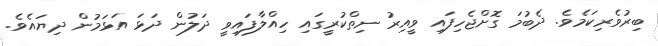
ބިރުވެރިކަމެވެ. ދެބުމަ ގޮށްޖެހިފައި ވީއިރު ނިތްކުރީގައި ހިއްލާފައިވީ ދަލުން ދަޅަ އަޅަމުން ދިޔައެވެ.